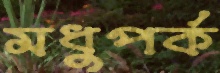
মধুপর্ক